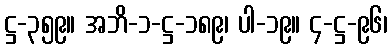
ဋ္ဌ-၃၅၉။ အဘိ-၁-ဋ္ဌ-၁၈၉၊ ပါ-၁၉။ ၄-ဋ္ဌ-၉၆၊